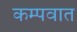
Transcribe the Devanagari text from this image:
कम्पवात